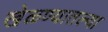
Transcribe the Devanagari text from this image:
खेळण्यातल्या